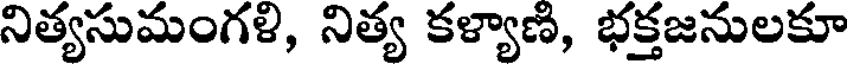
నిత్యసుమంగళి, నిత్య కళ్యాణి, భక్తజనులకూ